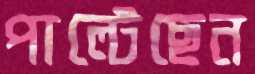
পাল্‌টেছেন